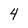
Character: 4